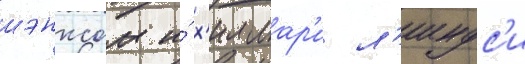
шэнксом и́ х'иллар'и л'индс'и